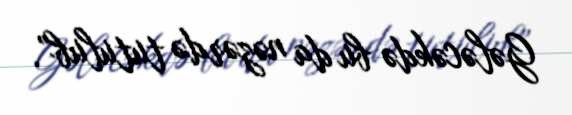
Gələcəkdə bu da nəzərdə tutulub”.